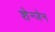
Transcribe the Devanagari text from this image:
शेन्जेन